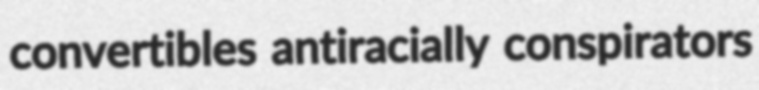
convertibles antiracially conspirators